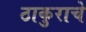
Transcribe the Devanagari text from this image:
ठाकुराचे